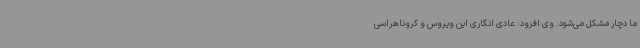
ما دچار مشکل می‌شود. وی افزود: عادی انگاری این ویروس و کروناهراسی